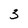
Character: 3